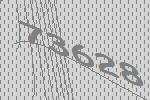
73628